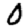
Digit: 0